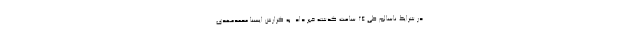
در شرایط ناسالم طی ۲۴ ساعت گذشته خبر داد. به گزارش ایسنا محمدمهدی